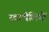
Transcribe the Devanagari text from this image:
स्वरथैलियों